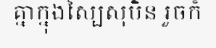
គ្នាក្នុងស្បៃសុបិន រួចក៏